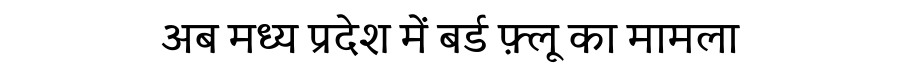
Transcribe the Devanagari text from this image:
अब मध्य प्रदेश में बर्ड फ़्लू का मामला